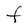
Character: F